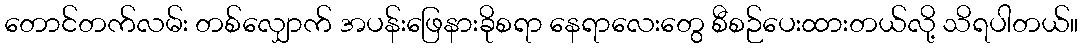
တောင်တက်လမ်း တစ်လျှောက် အပန်းဖြေနားခိုစရာ နေရာလေးတွေ စီစဉ်ပေးထားတယ်လို့ သိရပါတယ်။